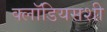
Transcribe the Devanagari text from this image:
क्लॉडियसशी